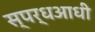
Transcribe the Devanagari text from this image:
स्पर्धआधी